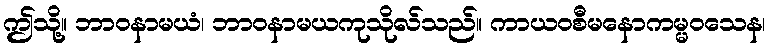
ဤသို့။ ဘာဝနာမယံ၊ ဘာဝနာမယကုသိုလ်သည်။ ကာယဝစီမနောကမ္မဝသေန၊